Plague in India, 1896, 1897 - Volume 3
Year: 1896
Disease focus: Plague
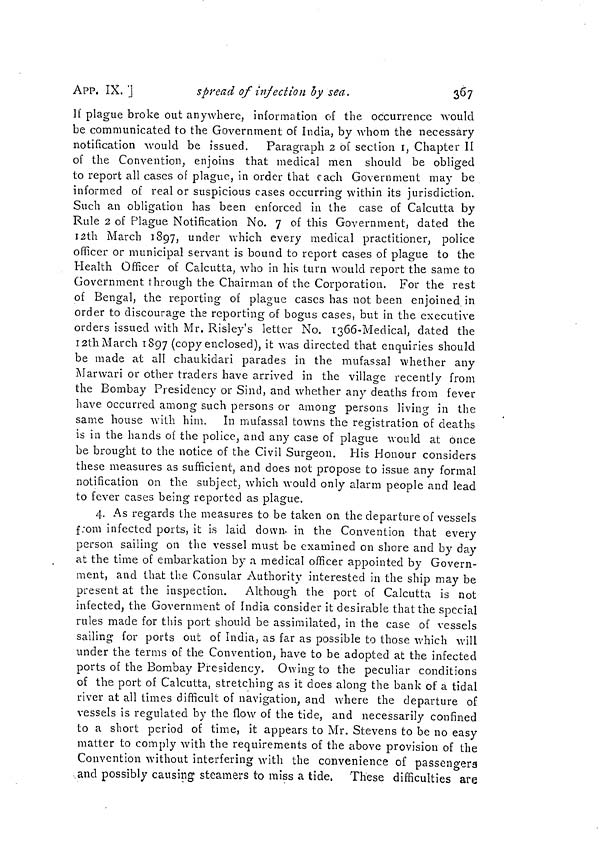
APP. IX. ]
spread of infection by sea.
367
If plague broke out anywhere, information of the occurrence would
be communicated to the Government of India, by whom the necessary
notification would be issued. Paragraph 2 of section I, Chapter II
of the Convention, enjoins that medical men should be obliged
to report all cases of plague, in order that each Government may be
informed of real or suspicious cases occurring within its jurisdiction.
Such an obligation has been enforced in the case of Calcutta by
Rule 2 of Plague Notification No. 7 of this Government, dated the
12th March 1897, under which every medical practitioner, police
officer or municipal servant is bound to report cases of plague to the
Health Officer of Calcutta, who in his turn would report the same to
Government through the Chairman of the Corporation. For the rest
of Bengal, the reporting of plague cases has not been enjoined in
order to discourage the reporting of bogus cases, but in the executive
orders issued with Mr. Risley's letter No. 1366-Medical, dated the
12th M arch 1897 (copy enclosed), it was directed that enquiries should
be made at all chaukidari parades in the mufassal whether any
Marwari or other traders have arrived in the village recently from
the Bombay Presidency or Sind, and whether any deaths from fever
have occurred among such persons or among persons living in the
same house with him. In mufassal towns the registration of deaths
O
is in the hands of the police, and any case of plague would at once
be brought to the notice of the Civil Surgeon. His Honour considers
these measures as sufficient, and does not propose to issue any formal
notification on the subject, which would only alarm people and lead
to fever cases being reported as plague.
4. As regards the measures to be taken on the departure of vessels
from infected ports, it is laid down- in the Convention that every
person sailing on the vessel must be examined on shore and by day
at the time of embarkation by a medical officer appointed by Govern-
ment, and that the Consular Authority interested in the ship may be
present at the inspection. Although the port of Calcutta is not
infected, the Government of india consider it desirable that the special
rules made for this port should be assimilated, in the case of vessels
sailing for ports out of India, as far as possible to those which will
under the terms of the Convention, have to be adopted at the infected
ports of the Bombay Presidency. Owing to the peculiar conditions
of the port of Calcutta, stretching as it does along the bank of a tidal
river at all times difficult of navigation, and where the departure of
vessels is regulated by the flow of the tide, and necessarily confined
to a short period of time, it appears to Mr. Stevens to be no easy
matter to comply with the requirements of the above provision of the
Convention without interfering with the convenience of passengers
and possibly causing steamers to miss a tide, These difficulties are